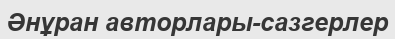
Әнұран авторлары-сазгерлер